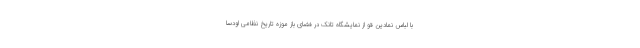
با لباس نمادین قو از نمایشگاه تانک در فضای باز موزه تاریخ نظامی اودسا